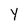
Character: y